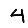
Digit: 4